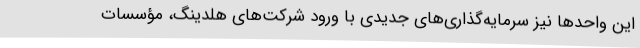
این واحدها نیز سرمایه‌گذاری‌های جدیدی با ورود شرکت‌های هلدینگ، مؤسسات